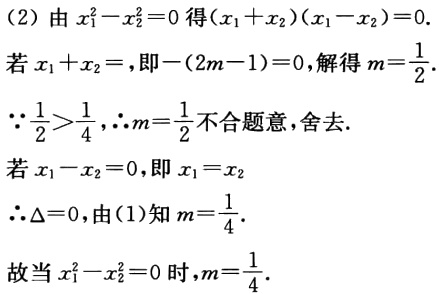
(2) 由 \(x_{1}^{2}-x_{2}^{2}=0\) 得 \((x_{1} + x_{2})(x_{1}-x_{2}) = 0\).

若 \(x_{1}+x_{2}=0\)，即 \(-(2m - 1)=0\)，解得 \(m=\frac{1}{2}\).

\(\because\frac{1}{2}>\frac{1}{4}\)，\(\therefore m = \frac{1}{2}\) 不合题意，舍去.

若 \(x_{1}-x_{2}=0\)，即 \(x_{1}=x_{2}\)

\(\therefore\Delta = 0\)，由(1)知 \(m=\frac{1}{4}\).

故当 \(x_{1}^{2}-x_{2}^{2}=0\) 时，\(m=\frac{1}{4}\).